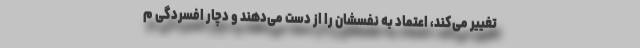
تغییر می‌کند، اعتماد به نفسشان را از دست می‌دهند و دچار افسردگی م